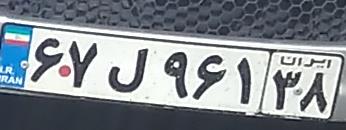
۶۷ل۹۶۱۳۸